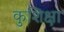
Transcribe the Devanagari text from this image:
कुशिक्षा